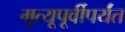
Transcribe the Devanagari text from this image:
मृत्यूपूर्वीपर्यंत